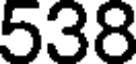
538